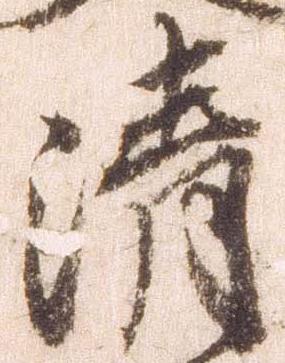
清